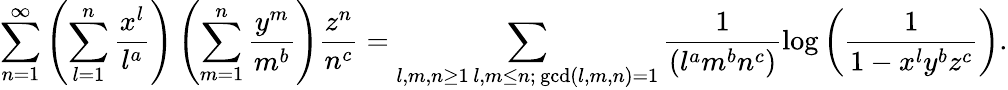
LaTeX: \sum_{n=1}^{\infty}\left(\sum_{l=1}^{n}\frac{x^{l}}{l^{a}}\right)\left(\sum_{m=1}^{n}\frac{y^{m}}{m^{b}}\right)\frac{z^{n}}{n^{c}}=\sum_{\substack{l,m,n\geq 1\, l,m\leq n;\, \operatorname*{gcd}(l,m,n)=1}}\frac{1}{(l^{a}m^{b}n^{c})}\log\left(\frac{1}{1-x^{l}y^{b}z^{c}}\right).